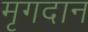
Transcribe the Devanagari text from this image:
मृगदान